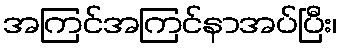
အကြင်အကြင်နာအပ်ပြီး၊